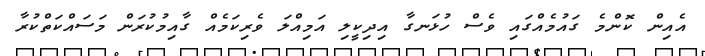
އެއިން ކޮންމެ ގައުމެއްގައި ވެސް ހުޅަނގާ އިދިކީލި އަމިއްލަ ވެރިކަމެއް ގާއިމުކުރަން މަސައްކަތްކުރާ